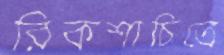
রিকশাচিত্রে